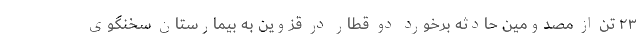
۲۳ تن از مصدومین حادثه برخورد دو قطار در قزوین به بیمارستان سخنگوی